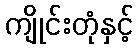
ကျိုင်းတုံနှင့်